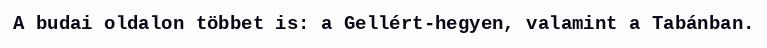
A budai oldalon többet is: a Gellért-hegyen, valamint a Tabánban.